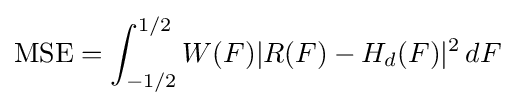
{\text{MSE}}=\int _{-1/2}^{1/2}W(F)|R(F)-H_{d}(F)|^{2}\,dF